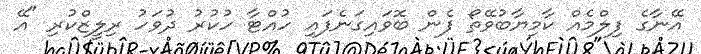
އޭނާގެ ފިލްމެއް ކާމިޔާބުވޭތޯ ފެން ބޮވައިގަނެފައި ހުއްޓާ ހުކުރު ދުވަހު ރިލީޒްކުރި "އޭ